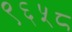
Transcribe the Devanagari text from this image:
९६५८